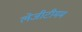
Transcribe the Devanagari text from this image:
लेजीटीमम